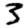
Digit: 3